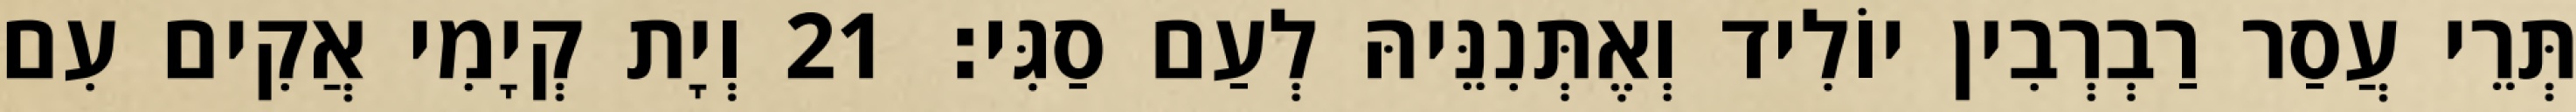
תְּרֵי עֲסַר רַבְרְבִין יוֹלִיד וְאֶתְּנִנֵּיהּ לְעַם סַגִּי׃ 21 וְיָת קְיָמִי אֲקִים עִם